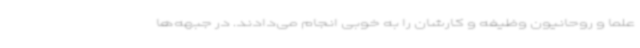
علما و روحانیون وظیفه و کارشان را به خوبی انجام می‌دادند. در جبهه‌ها